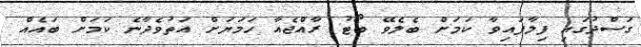
ގަސްދުގައި ފިލާފައިވާ ކަމަށް ބެލެވޭ ބޯޓު ރާއްޖެއާ ހަމަޔަށް އަތުވެދާނެ ކަމަށް ބައެއް